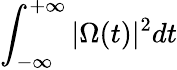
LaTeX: \int_{-\infty}^{+\infty}|\Omega(t)|^{2}dt